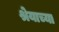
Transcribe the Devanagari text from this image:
श्रेयाच्या